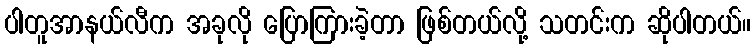
ပါတူအာနယ်လီက အခုလို ပြောကြားခဲ့တာ ဖြစ်တယ်လို့ သတင်းက ဆိုပါတယ်။